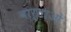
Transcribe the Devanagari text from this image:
वार्ताओ